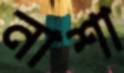
নাশা